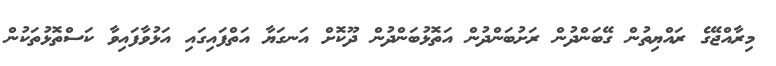
މިރާއްޖޭގެ ރައްޔިތުން ގޭބަންދުން ރަށުބަންދުން އަތޮޅުބަންދުން ދޫކޮށް އަނގަޔާ އަތްފައިގައި އަޅުވާފައިވާ ކަސްތޮޅުތަކުން